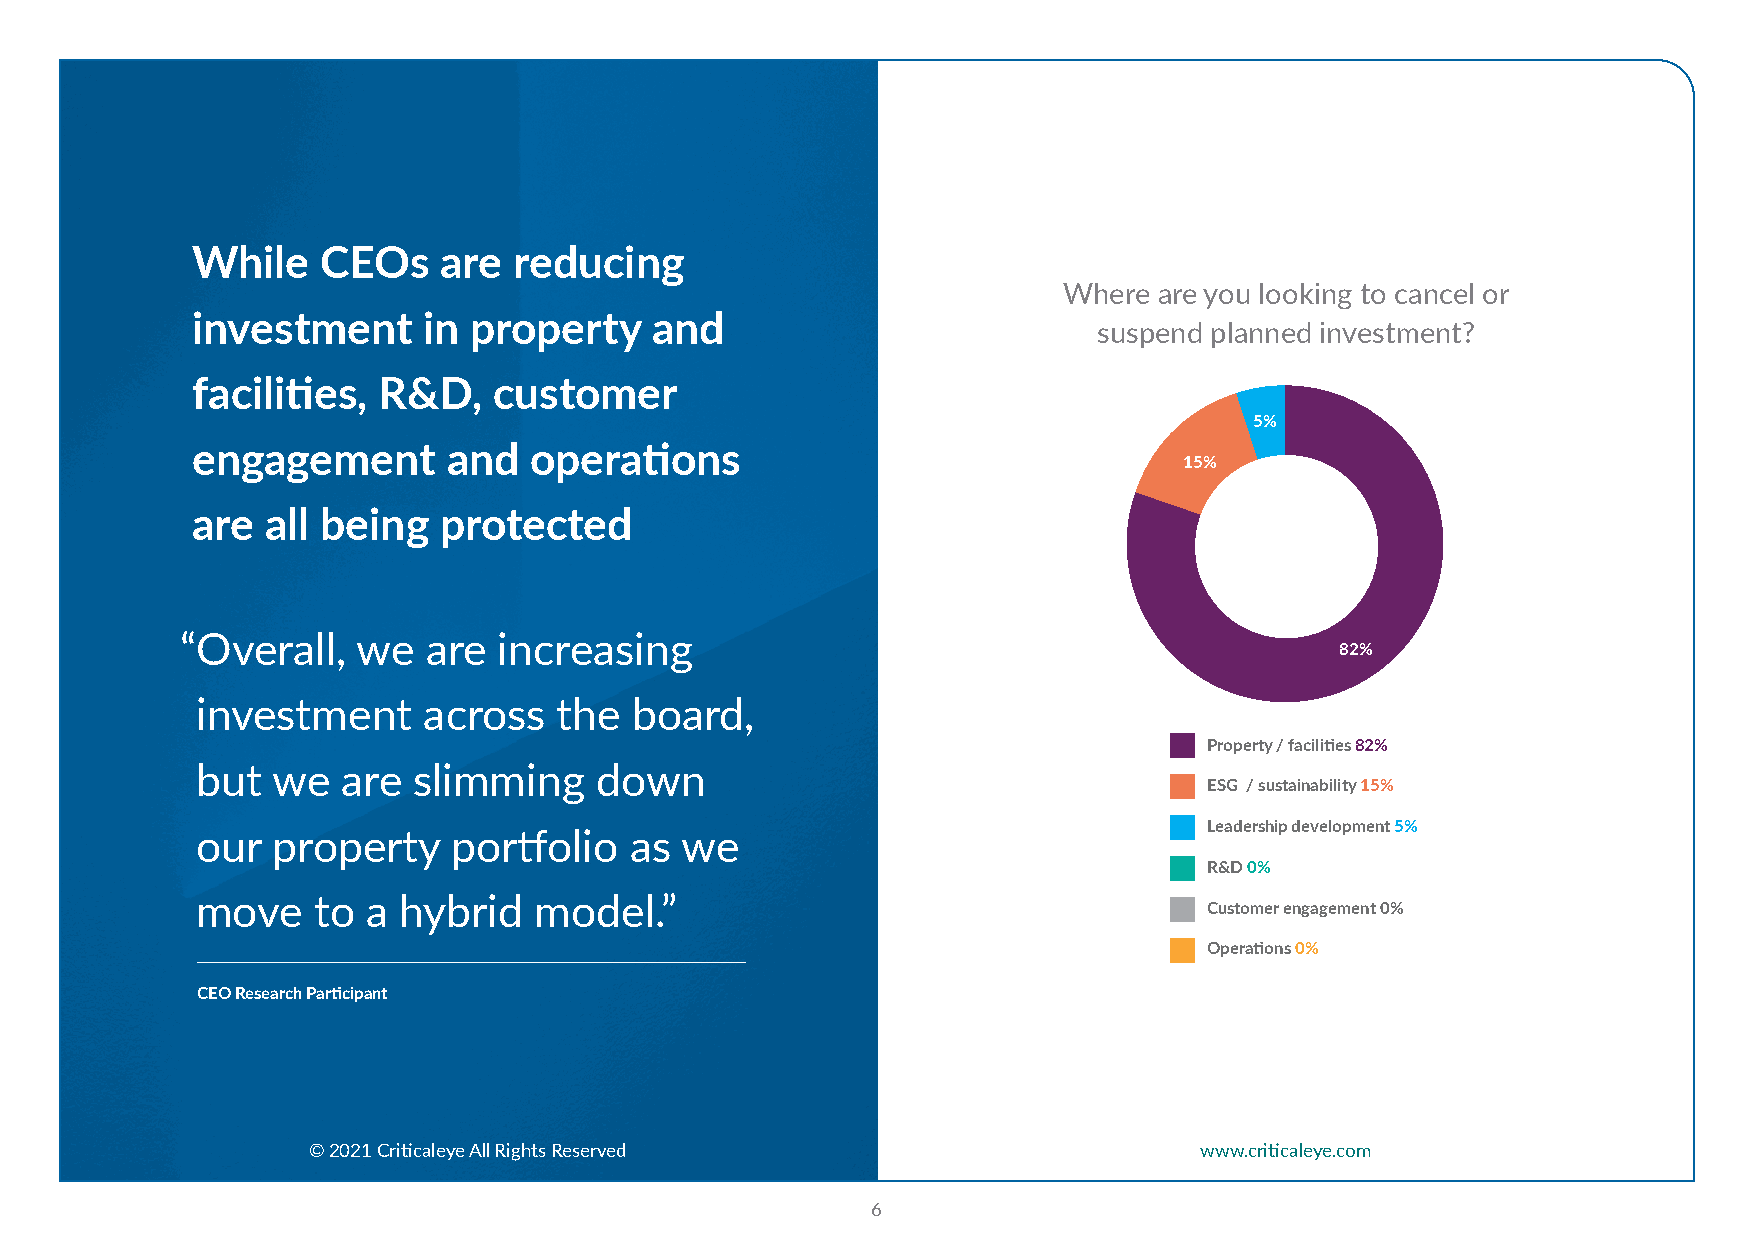
While   CEOs    are  reducing
 Where  are you looking to cancel or
 investment     in property    and
 suspend planned investment?
 facilities, R&D,    customer
 5%
 engagement       and  operations
 15%
 are  all being  protected
 “O verall,  we  are  increasing
 82%
 investment     across   the  board,
 Property / facilities 82%
 but  we   are slimming    down
 ESG / sustainability 15%
 Leadership development 5%
 our  property    portfolio   as we
 R&D 0%
 move    to a hybrid   model.”
 Customer engagement 0%
 Operations 0%
 CEO Research Participant
 © 2021 Criticaleye All Rights Reserved                     www.criticaleye.com
 6